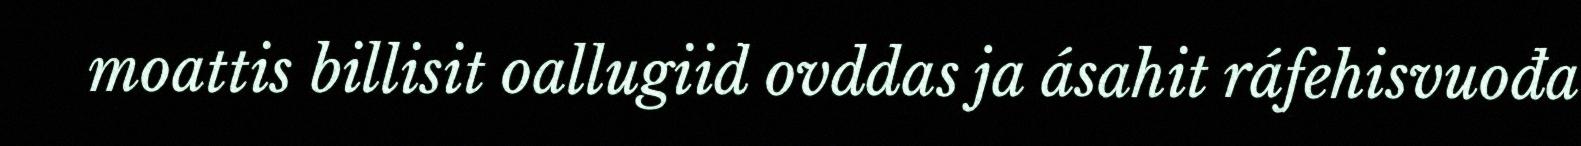
moattis billisit oallugiid ovddas ja ásahit ráfehisvuođa